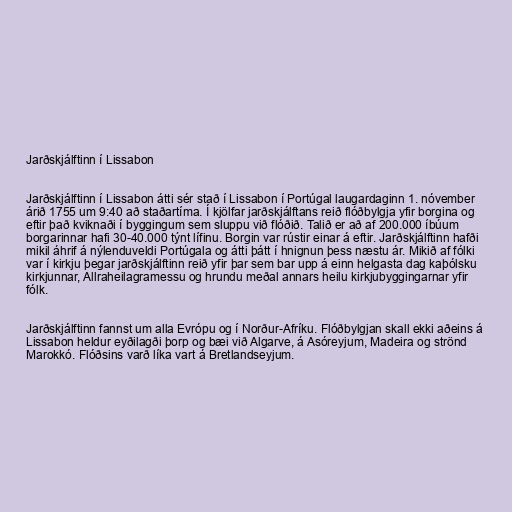
Jarðskjálftinn í Lissabon

Jarðskjálftinn í Lissabon átti sér stað í Lissabon í Portúgal laugardaginn 1. nóvember
árið 1755 um 9:40 að staðartíma. Í kjölfar jarðskjálftans reið flóðbylgja yfir borgina og
eftir það kviknaði í byggingum sem sluppu við flóðið. Talið er að af 200.000 íbúum
borgarinnar hafi 30-40.000 týnt lífinu. Borgin var rústir einar á eftir. Jarðskjálftinn hafði
mikil áhrif á nýlenduveldi Portúgala og átti þátt í hnignun þess næstu ár. Mikið af fólki
var í kirkju þegar jarðskjálftinn reið yfir þar sem bar upp á einn helgasta dag kaþólsku
kirkjunnar, Allraheilagramessu og hrundu meðal annars heilu kirkjubyggingarnar yfir
fólk.

Jarðskjálftinn fannst um alla Evrópu og í Norður-Afríku. Flóðbylgjan skall ekki aðeins á
Lissabon heldur eyðilagði þorp og bæi við Algarve, á Asóreyjum, Madeira og strönd
Marokkó. Flóðsins varð líka vart á Bretlandseyjum.